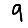
Digit: 9